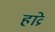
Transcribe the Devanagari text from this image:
हाव्रे